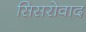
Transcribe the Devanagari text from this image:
सिसरोवाद